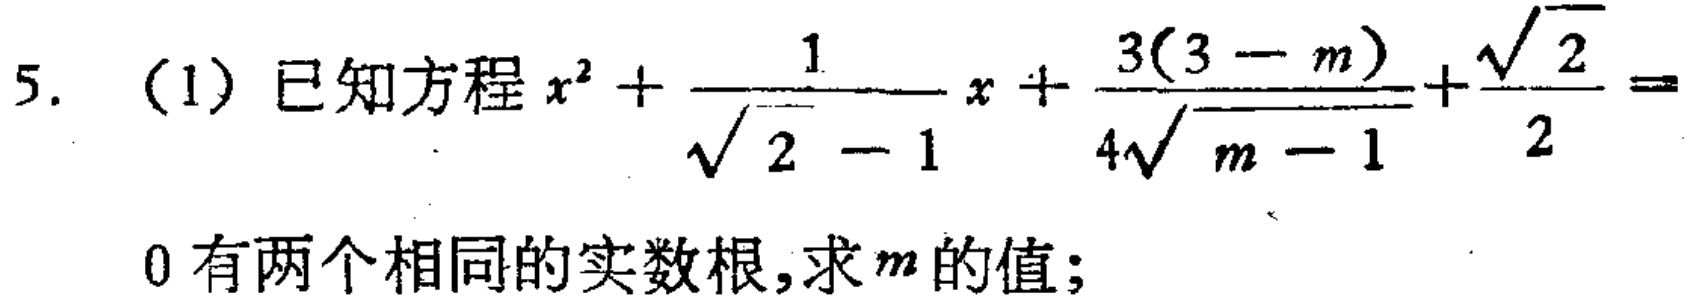
5. (1) 已知方程\(x^{2}+\frac{1}{\sqrt{2}-1}x+\frac{3(3 - m)}{4\sqrt{m - 1}}+\frac{\sqrt{2}}{2}=0\)有两个相同的实数根，求\(m\)的值；